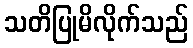
သတိပြုမိလိုက်သည်